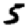
Digit: 5